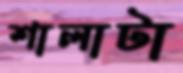
শালাটা